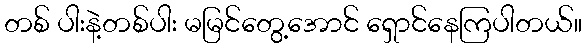
တစ် ပါးနဲ့တစ်ပါး မမြင်တွေ့အောင် ရှောင်နေကြပါတယ်။